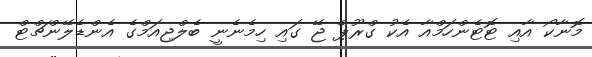
މޮނާކޯ އާއި ޓޮޓެންހަމްއާ އެކު ގްރޫޕް ޖޭ ގައި ހިމެނެނީ ބެލްޖިއަމްގެ އެންޑެލޭންޗްޓް